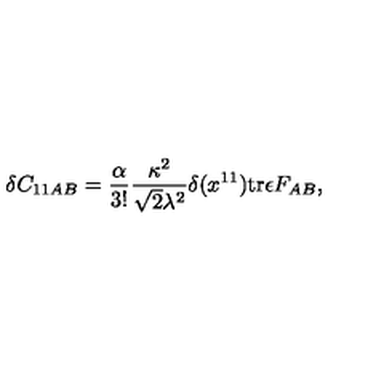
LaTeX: \delta C _ { 1 1 A B } = { \frac { \alpha } { 3 ! } } { \frac { \kappa ^ { 2 } } { \sqrt { 2 } \lambda ^ { 2 } } } \delta ( x ^ { 1 1 } ) \mathrm { t r } \epsilon F _ { A B } ,